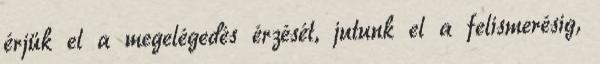
érjük el a megelégedés érzését, jutunk el a felismerésig,